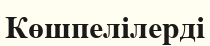
Көшпелілерді